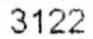
3122